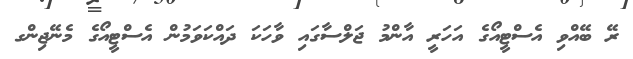
ރޭ ބޭއްވި އެސްޓީއޯގެ އަހަރީ އާންމު ޖަލްސާގައި ވާހަކަ ދައްކަވަމުން އެސްޓީއޯގެ މެނޭޖިންގ